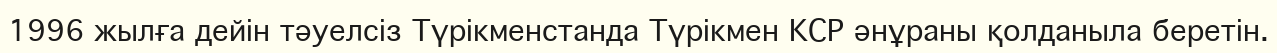
1996 жылға дейін тәуелсіз Түрікменстанда Түрікмен КСР әнұраны қолданыла беретін.